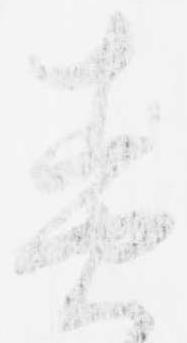
責